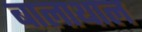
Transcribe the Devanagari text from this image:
बालाथाल